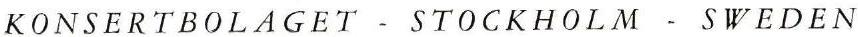
KONSERTBOLAGET - STOCKHOLM - SWEDEN